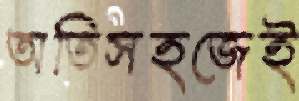
অতিসহজেই